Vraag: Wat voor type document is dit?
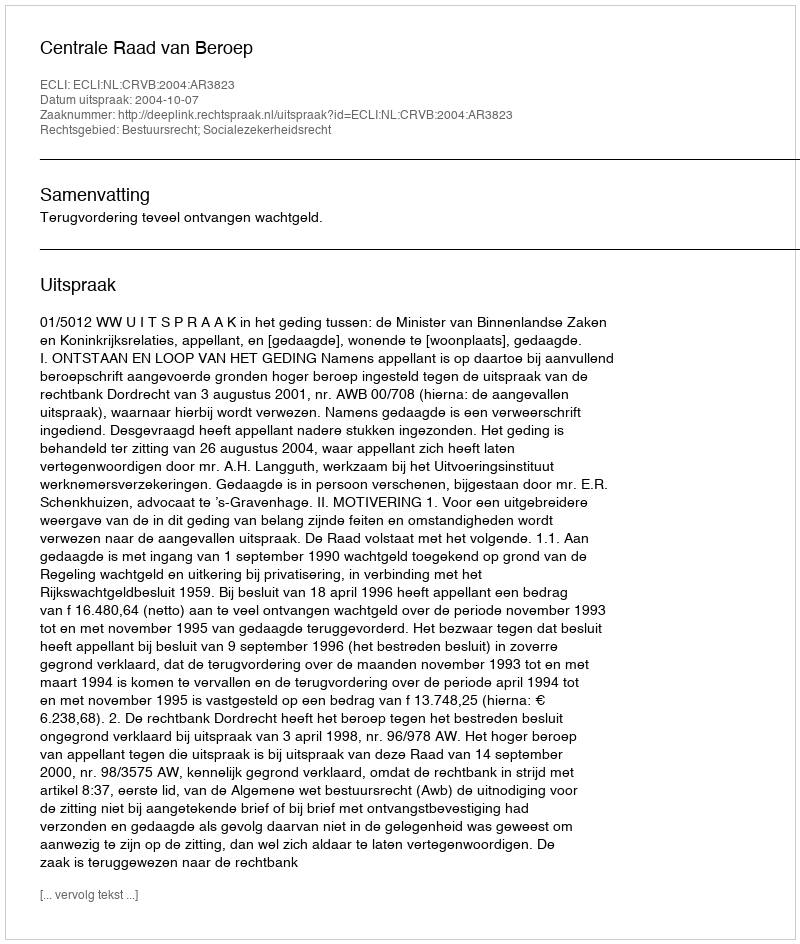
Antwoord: Uitspraak